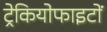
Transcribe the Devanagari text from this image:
ट्रेकियोफाइटों